Report of the Indian Hemp Drugs Commission, 1894-1895 - Volume V
Year: 1894
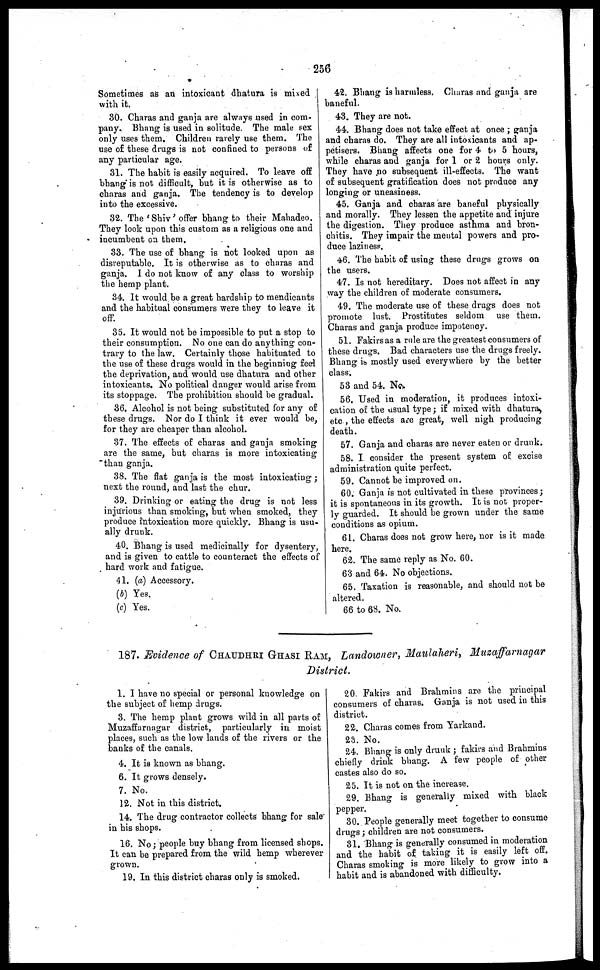
256
Sometimes as an intoxicant dhatura is mixed
with it.
30. Charas and ganja are always used in com-
pany. Bhang is used in solitude. The male sex
only uses them. Children rarely use them. The
use of these drugs is not confined to persons of
any particular age.
31. The habit is easily acquired. To leave off
bhang is not difficult, but it is otherwise as to
charas and ganja. The tendency is to develop
into the excessive.
32. The 'Shiv' offer bhang to their Mahadeo.
They look upon this custom as a religious one and
incumbent on them.
33. The use of bhang is not looked upon as
disreputable. It is otherwise as to charas and
ganja. I do not know of any class to worship
the hemp plant.
34. It would be a great hardship to mendicants
and the habitual consumers were they to leave it
off.
35. It would not be impossible to put a stop to
their consumption. No one can do anything con-
trary to the law. Certainly those habituated to
the use of these drugs would in the beginning feel
the deprivation, and would use dhatura and other
intoxicants. No political danger would arise from
its stoppage. The prohibition should be gradual.
36. Alcohol is not being substituted for any of
these drugs. Nor do I think it ever would be,
for they are cheaper than alcohol.
37. The effects of charas and ganja smoking
are the same, but charas is more intoxicating
than ganja.
38. The flat ganja is the most intoxicating ;
next the round, and last the chur.
39. Drinking or eating the drug is not less
injurious than smoking, but when smoked, they
produce intoxication more quickly. Bhang is usu-
ally drunk.
40. Bhang is used medicinally for dysentery,
and is given to cattle to counteract the effects of
hard work and fatigue.
41. (a) Accessory.
(b) Yes.
(c) Yes.
42. Bhang is harmless. Charas and ganja are
baneful.
43. They are not.
44. Bhang does not take effect at once ; ganja
and charas do. They are all intoxicants and ap-
petisers. Bhang affects one for 4 to 5 hours,
while charas and ganja for 1 or 2 hours only.
They have no subsequent ill-effects. The want
of subsequent gratification does not produce any
longing or uneasiness.
45. Ganja and charas are baneful physically
and morally. They lessen the appetite and injure
the digestion. They produce asthma and bron-
chitis. They impair the mental powers and pro-
duce laziness.
46. The habit of using these drugs grows on
the users.
47. Is not hereditary. Does not affect in any
way the children of moderate consumers.
49. The moderate use of these drugs does not
promote lust. Prostitutes seldom use them.
Charas and ganja produce impotency.
51. Fakirs as a rule are the greatest consumers of
these drugs. Bad characters use the drugs freely.
Bhang is mostly used everywhere by the better
class.
53 and 54. No.
56. Used in moderation, it produces intoxi-
cation of the usual type ; if mixed with dhatura,
etc, the effects are great, well nigh producing
death.
57. Ganja and charas are never eaten or drunk.
58. I. consider the present system of excise
administration quite perfect.
59. Cannot be improved on.
60. Ganja is not cultivated in these provinces ;
it is spontaneous in its growth. It is not proper-
ly guarded. It should be grown under the same
conditions as opium.
61. Charas does not grow here, nor is it made
here.
62. The same reply as No. 60.
63 and 64. No objections.
65. Taxation is reasonable, and should not be
altered.
66 to 63. No.
187. Evidence of CHAUDHRI GHASI RAM, Landowner, Maulaheri, Muzaffarnagar
District.
1. I have no special or personal knowledge on
the subject of hemp drugs.
3. The hemp plant grows wild in all parts of
Muzaffarnagar district, particularly in moist
places, such as the low lauds of the rivers or the
banks of the canals.
4. It is known as bhang.
6. It grows densely.
7. No.
12. Not in this district.
14. The drug contractor collects bhang for sale
in his shops.
16. No ; people buy bhang from licensed shops.
It can be prepared from the wild hemp wherever
grown.
19. In this district charas only is smoked.
20. Fakirs and Brahmins are the principal
consumers of charas. Ganja is not used in this
district.
22. Charas comes from Yarkand.
23. No.
24. Bhang is only drunk ; fakirs and Brahmins
chiefly drink bhang. A few people of other
castes also do so.
25. It is not on the increase.
29. Bhang is generally mixed with black
pepper.
30. People generally meet together to consume
drugs ; children are not consumers.
31. Bhang is generally consumed in moderation
and the habit of taking it is easily left off.
Charas smoking is more likely to grow into a
habit and is abandoned with difficulty.